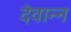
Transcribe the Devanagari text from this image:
देवान्न